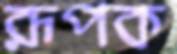
রূপক